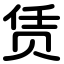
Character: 赁